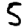
Digit: 5